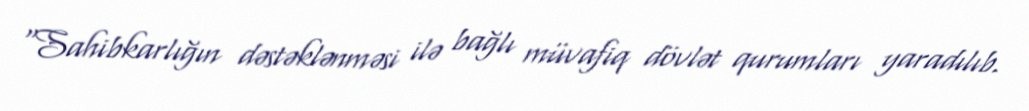
“Sahibkarlığın dəstəklənməsi ilə bağlı müvafiq dövlət qurumları yaradılıb.